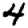
Digit: 4